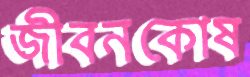
জীবনকোষ